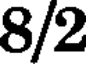
8/2